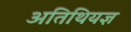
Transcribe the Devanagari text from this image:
अतिथियज्ञ